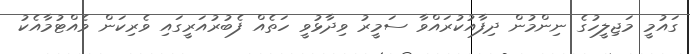
ގައުމީ މަޖިލީހުގެ ނިންމުން ދިފާއުކުރައްވާ ސަމީރު ވިދާޅުވީ ހަތެއް ފެބުރުއަރީގައި ވެރިކަން ވެއްޓުމާއެކު